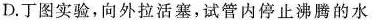
D.丁图实验，向外拉活塞，试管内停止沸腾的水